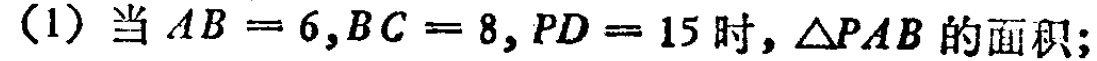
(1) 当 \(AB = 6,BC = 8,PD = 15\) 时，\(\triangle PAB\) 的面积；